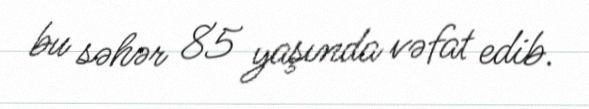
bu səhər 85 yaşında vəfat edib.